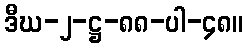
ဒီဃ-၂-ဋ္ဌ-၈၈-ပါ-၄၈။